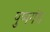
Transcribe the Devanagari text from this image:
पुष्पगंध